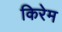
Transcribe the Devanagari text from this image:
किरेम